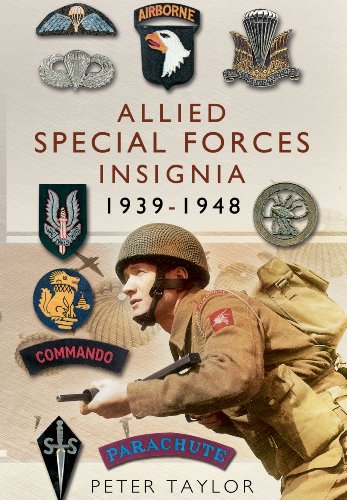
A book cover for ALLIED SPECIAL FORCES INSIGNIA; Peter Taylor; Crafts, Hobbies & Home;